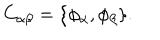
LaTeX: C _ { \alpha \beta } = \{ \phi _ { \alpha } , \phi _ { \beta } \} .